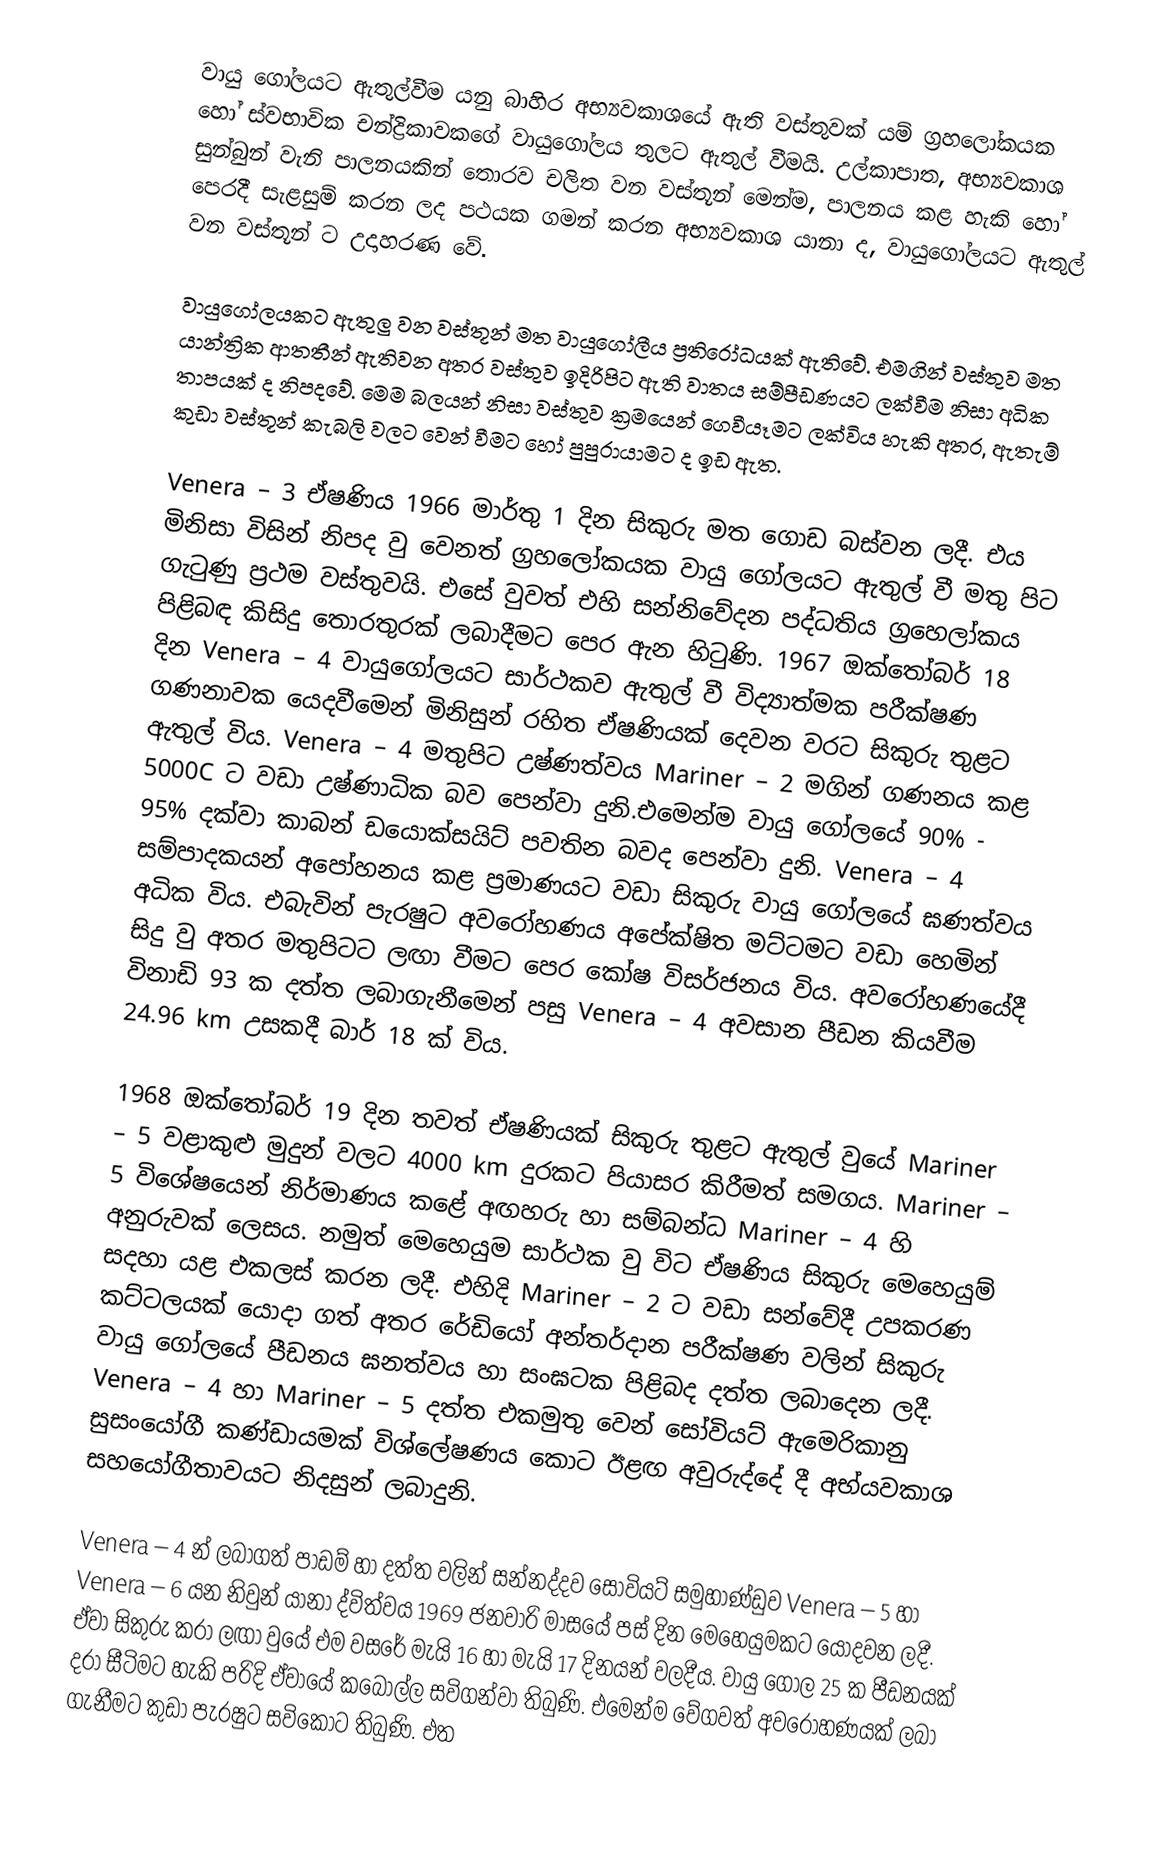
වායු ගෝලයට ඇතුල්වීම යනු බාහිර අභ්‍යවකාශයේ ඇති වස්තුවක් යම් ග්‍රහලෝකයක හෝ ස්වභාවික චන්ද්‍රිකාවකගේ වායුගෝලය තුලට ඇතුල් වීමයි. උල්කාපාත, අභ්‍යවකාශ සුන්බුන් වැනි පාලනයකින් තොරව චලිත වන වස්තූන් මෙන්ම, පාලනය කළ හැකි හෝ පෙරදී සැළසුම් කරන ලද පථයක ගමන් කරන අභ්‍යවකාශ යානා ද, වායුගෝලයට ඇතුල් වන වස්තූන් ට උදාහරණ වේ.

වායුගෝලයකට ඇතුලු වන වස්තූන් මත වායුගෝලීය ප්‍රතිරෝධයක් ඇතිවේ. එමගින් වස්තුව මත යාන්ත්‍රික ආතතීන් ඇතිවන අතර වස්තුව ඉදිරිපිට ඇති වාතය සම්පීඩණයට ලක්වීම නිසා අධික තාපයක් ද නිපදවේ. මෙම බලයන් නිසා වස්තුව ක්‍රමයෙන් ගෙවීයෑමට ලක්විය හැකි අතර, ඇතැම් කුඩා වස්තූන් කැබලි වලට වෙන් වීමට හෝ පුපුරායාමට ද ඉඩ ඇත.

Venera – 3 ඒෂණිය 1966 මාර්තු 1 දින සිකුරු මත ගොඩ බස්වන ලදී. එය මිනිසා විසින් නිපද වු වෙනත් ග්‍රහලෝකයක වායු ගෝලයට ඇතුල් වී මතු පිට ගැටුණු ප්‍රථම වස්තුවයි. එසේ වුවත් එහි සන්නිවේදන පද්ධතිය ග්‍රහෙලා්කය පිළිබඳ කිසිදු තොරතුරක් ලබාදීමට පෙර ඇන හිටුණි. 1967 ඔක්තෝබර් 18 දින Venera – 4 වායුගෝලයට සාර්ථකව ඇතුල් වී විද්‍යාත්මක පරීක්ෂණ ගණනාවක යෙදවීමෙන් මිනිසුන් රහිත ඒෂණියක් දෙවන වරට සිකුරු තුළට ඇතුල් විය. Venera – 4 මතුපිට උෂ්ණත්වය Mariner – 2 මගින් ගණනය කළ 5000C ට වඩා උෂ්ණාධික බව පෙන්වා දුනි.එමෙන්ම වායු ගෝලයේ 90% - 95% දක්වා කාබන් ඩයොක්සයිට් පවතින බවද පෙන්වා දුනි. Venera – 4 සම්පාදකයන් අපෝහනය කළ ප්‍රමාණයට වඩා සිකුරු වායු ගෝලයේ ඝණත්වය අධික විය. එබැවින් පැරෂුට අවරෝහණය අපේක්ෂිත මට්ටමට වඩා හෙමින් සිදු වු අතර මතුපිටට ලඟා වීමට පෙර කෝෂ විසර්ජනය විය. අවරෝහණයේදී විනාඩි 93 ක දත්ත ලබාගැනීමෙන් පසු Venera – 4 අවසාන පීඩන කියවීම 24.96 km උසකදී බාර් 18 ක් විය.

1968 ඔක්තෝබර් 19 දින තවත් ඒෂණියක් සිකුරු තුළට ඇතුල් වුයේ Mariner – 5 වළාකුළු මුදුන් වලට 4000 km දුරකට පියාසර කිරීමත් සමගය. Mariner – 5 විශේෂයෙන් නිර්මාණය කළේ අඟහරු හා සම්බන්ධ Mariner – 4 හි අනුරුවක් ලෙසය. නමුත් මෙහෙයුම සාර්ථක වු විට ඒෂණිය සිකුරු මෙහෙයුම් සදහා යළ එකලස් කරන ලදී. එහිදි Mariner – 2 ට වඩා සන්වේදී උපකරණ කට්ටලයක් යොදා ගත් අතර රේඩියෝ අන්තර්දාන පරීක්ෂණ වලින් සිකුරු වායු ගෝලයේ පීඩනය ඝනත්වය හා සංඝටක පිළිබද දත්ත ලබාදෙන ලදී. Venera – 4 හා Mariner – 5 දත්ත එකමුතු වෙන් සෝවියට් ඇමෙරිකානු සුසංයෝගී කණ්ඩායමක් විශ්ලේෂණය කොට ඊළඟ අවුරුද්දේ දී අභ්යවකාශ සහයෝගීතාවයට නිදසුන් ලබාදුනි.

Venera – 4 න් ලබාගත් පාඩම් හා දත්ත වලින් සන්නද්දව සෝවියට් සමුහාණ්ඩුව Venera – 5 හා Venera – 6 යන නිවුන් යානා ද්විත්වය 1969 ජනවාරි මාසයේ පස් දින මෙහෙයුමකට යොදවන ලදී. ඒවා සිකුරු කරා ලඟා වුයේ එම වසරේ මැයි 16 හා මැයි 17 දිනයන් වලදීය. වායු ගෝල 25 ක පීඩනයක් දරා සීටිමට හැකි පරිදි ඒවායේ කබොල්ල සවිගන්වා තිබුණි. එමෙන්ම වේගවත් අවරෝහණයක් ලබා ගැනීමට කුඩා පැරෂුට සවිකොට තිබුණි. එත